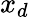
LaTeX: x_{d}